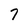
Character: 7